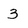
Character: 3